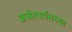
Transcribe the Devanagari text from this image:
अखेरपर्यंतच्या